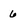
Character: 6